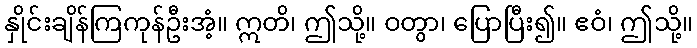
နှိုင်းချိန်ကြကုန်ဦးအံ့။ ဣတိ၊ ဤသို့။ ဝတွာ၊ ပြောပြီး၍။ ဧဝံ၊ ဤသို့။